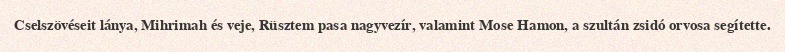
Cselszövéseit lánya, Mihrimah és veje, Rüsztem pasa nagyvezír, valamint Mose Hamon, a szultán zsidó orvosa segítette.